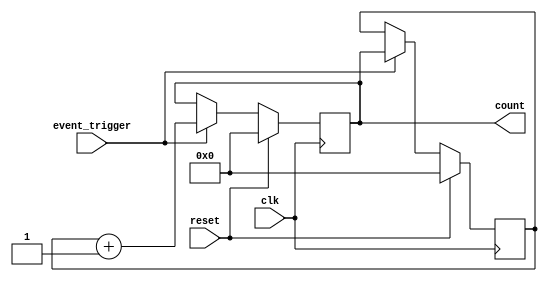
module EventTriggeredCounter (
    input wire clk,            // Clock signal
    input wire reset,          // Reset signal
    input wire event_trigger,   // Event trigger signal
    output reg [31:0] count    // Current count value (32-bit)
);

    // Memory block to store the count value
    reg [31:0] memory [0:0]; // Simple memory block (single word)

    // Initialization
    initial begin
        count = 32'b0; // Initialize count to zero
        memory[0] = 32'b0; // Initialize memory to zero
    end

    // Synchronous process
    always @(posedge clk) begin
        if (reset) begin
            // Reset the count value
            count <= 32'b0;
            memory[0] <= 32'b0; // Reset memory block
        end else if (event_trigger) begin
            // Increment the count value
            count <= memory[0] + 1;
            memory[0] <= count; // Update memory with the new count
        end
    end

endmodule